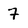
Character: 7